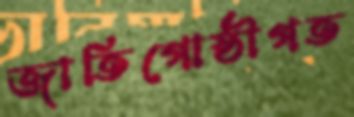
জাতিগোষ্ঠীগত